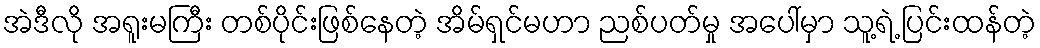
အဲဒီလို အရူးမကြီး တစ်ပိုင်းဖြစ်နေတဲ့ အိမ်ရှင်မဟာ ညစ်ပတ်မှု အပေါ်မှာ သူ့ရဲ့ ပြင်းထန်တဲ့